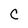
Character: C